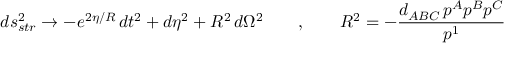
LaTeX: d s _ { s t r } ^ { 2 } \rightarrow - e ^ { 2 \eta / R } \, d t ^ { 2 } + d \eta ^ { 2 } + R ^ { 2 } \, d \Omega ^ { 2 } \qquad , \qquad R ^ { 2 } = - { \frac { d _ { A B C } \, p ^ { A } p ^ { B } p ^ { C } } { p ^ { 1 } } }